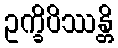
ဥက္ခိပိဿန္တိ